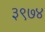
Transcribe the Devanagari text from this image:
३९७४